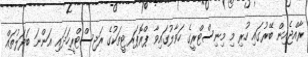
ރާއްޖެއިން ބޭރުގައި ހުރި މި މިނިސްޓްރީގެ ހަވާލުގައިވާ ޕްރޮޕަރޓީތަކުގެ ރަޖިސްޓްރީހަދައި އަންނަ ބަދަލުތައް